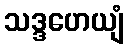
သဒ္ဒဟေယျံ